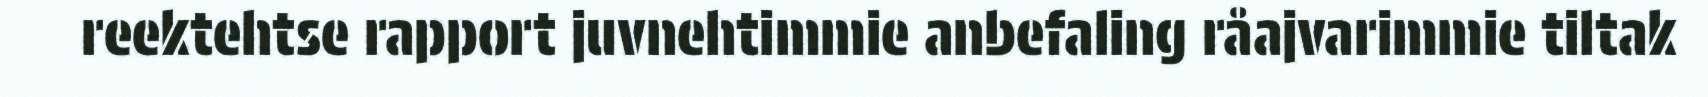
reektehtse rapport juvnehtimmie anbefaling råajvarimmie tiltak